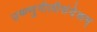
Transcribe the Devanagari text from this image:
उष्ण्णुनीलीसंदेशम्